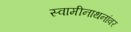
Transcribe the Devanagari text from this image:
स्वामीनाथनांवर